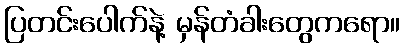
ပြတင်းပေါက်နဲ့ မှန်တံခါးတွေကရော။